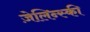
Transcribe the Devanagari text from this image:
ज़ेलिन्स्की